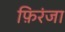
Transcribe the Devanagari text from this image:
फ़िरंजा